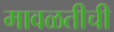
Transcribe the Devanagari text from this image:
मावळतीची